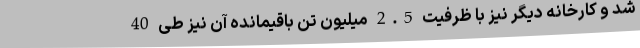
شد و کارخانه دیگر نیز با ظرفیت 2.5 میلیون تن باقیمانده آن نیز طی 40